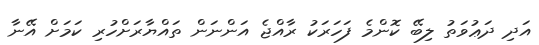
އަދި ދަޢުވަތު ލިބޭ ކޮންމެ ފަހަރަކު ރާއްޖެ އަންނަން ތައްޔާރަށްހުރި ކަމަށް އޭނާ